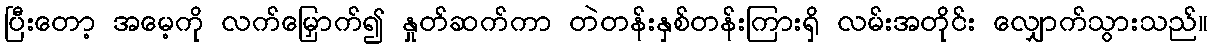
ပြီးတော့ အမေ့ကို လက်မြှောက်၍ နှုတ်ဆက်ကာ တဲတန်းနှစ်တန်းကြားရှိ လမ်းအတိုင်း လျှောက်သွားသည်။